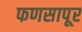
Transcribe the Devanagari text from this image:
फणसापूर